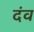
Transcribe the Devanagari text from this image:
दंव